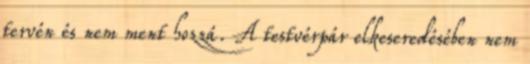
tervén és nem ment hozzá. A testvérpár elkeseredésében nem